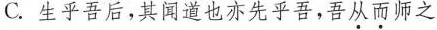
C. 生乎吾后，其闻道也亦先乎吾，吾从而师之